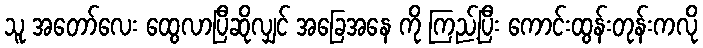
သူ အတော်လေး ထွေလာပြီဆိုလျှင် အခြေအနေ ကို ကြည့်ပြီး ကောင်းထွန်းတုန်းကလို